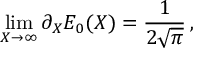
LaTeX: \operatorname * { l i m } _ { X \rightarrow \infty } \partial _ { X } E _ { 0 } ( X ) = { \frac { 1 } { 2 \sqrt { \pi } } } \, ,